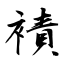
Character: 襀